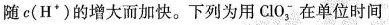
随c(H^{+})的增大而加快。下列为用ClO_{3}^{-}在单位时间